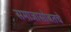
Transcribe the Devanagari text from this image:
समाजासोबतचे